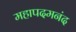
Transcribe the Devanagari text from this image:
महापदमनंद